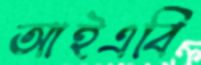
আইএবি